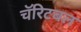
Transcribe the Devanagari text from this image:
चॅरिटबल